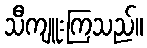
သီကျူးကြသည်။